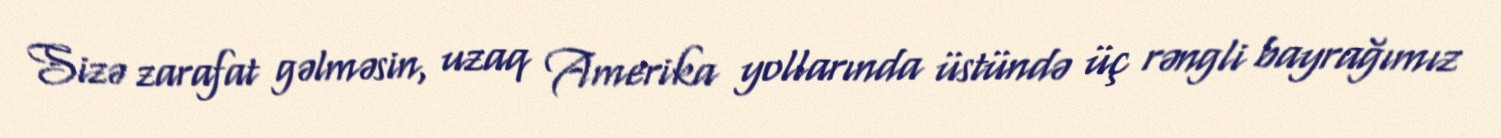
Sizə zarafat gəlməsin, uzaq Amerika yollarında üstündə üç rəngli bayrağımız